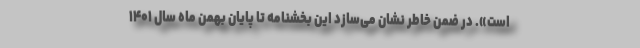
است». در ضمن خاطر نشان می‌سازد این بخشنامه تا پایان بهمن ماه سال ۱۴۰۱